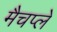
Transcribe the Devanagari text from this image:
मैचप्ले